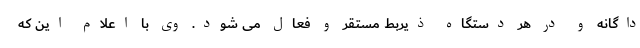
داگانه و در هر دستگاه ذیربط مستقر و فعال می شود. وی با اعلام این که